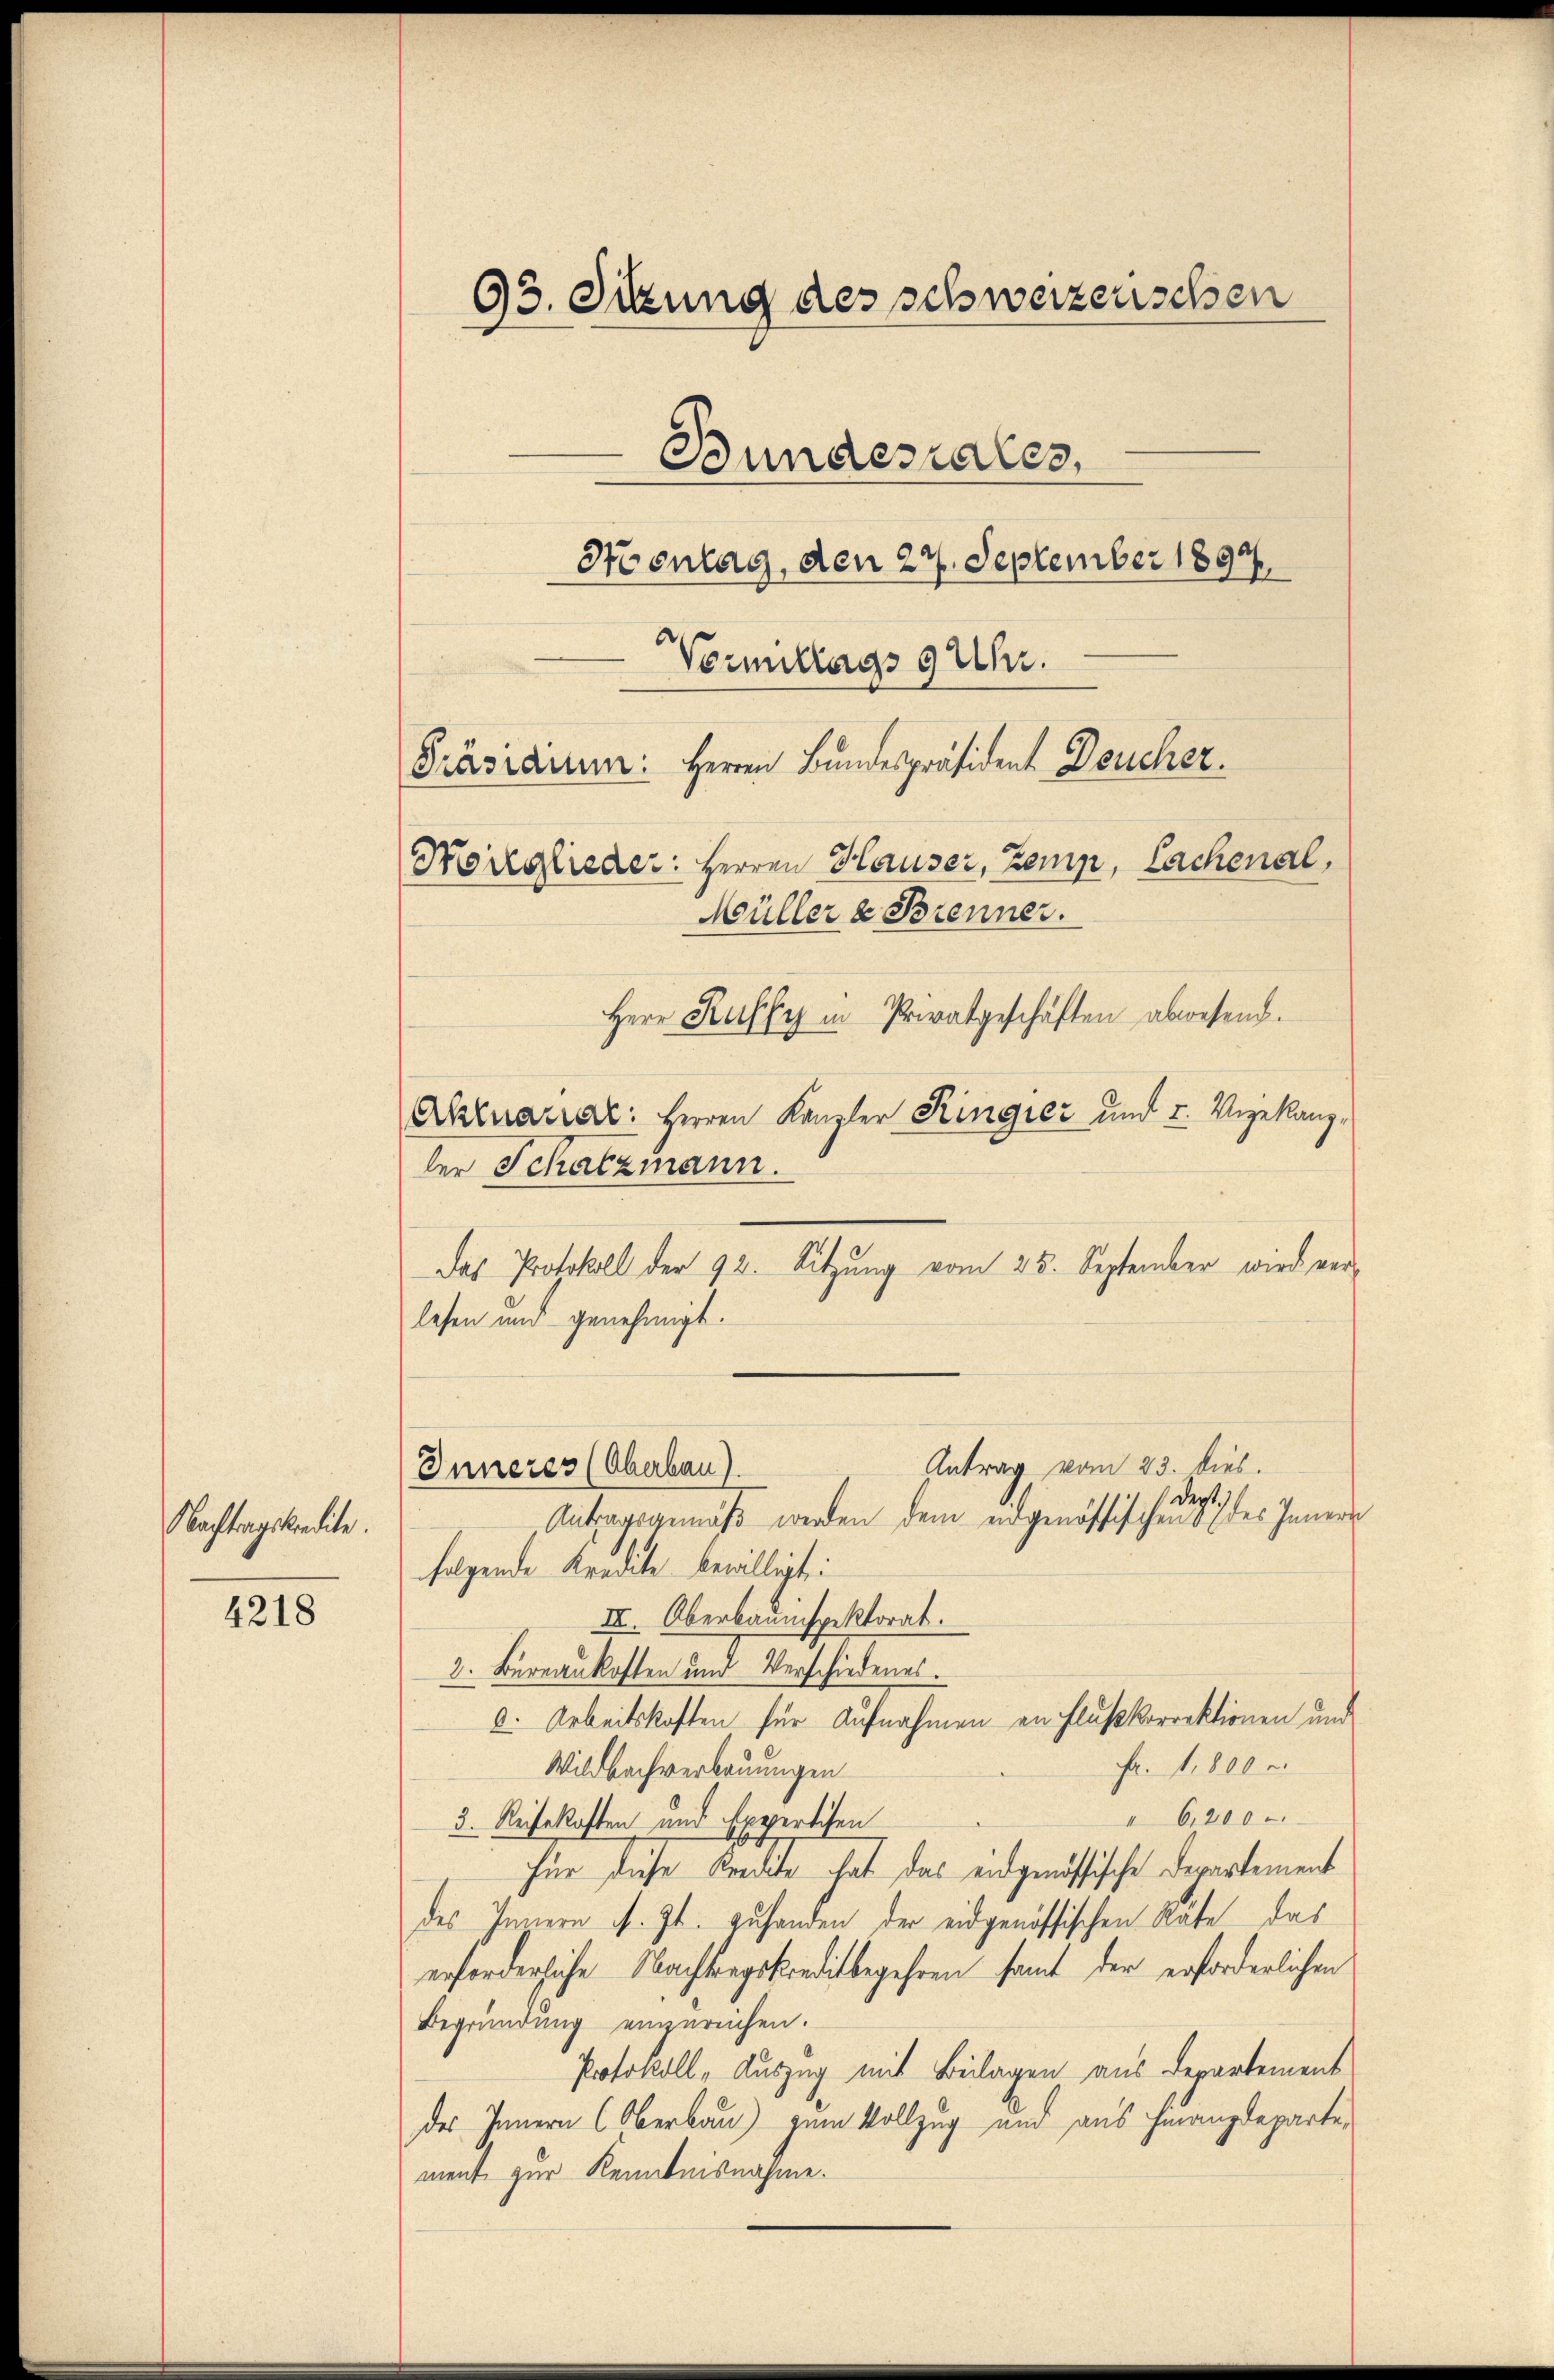
Nachtragskredite.

4218

93. Sitzung des schwerzenschen
Bundesrates,
Hoentag, den 27. September 1897.
Vormittags 9 Uhr.
Präsiditum: Herren Bundespräsident Deucher.
Norglieder: Herren Hauser, Zemp, Lachenal,
Müller & Brenner.
Herr Ruffy in Privatgeschäften abwesen.
Aktuariat: Herren Kanzler Ringiez und 2. Vizekanz¬

ler Schatzmann.
lesen und genehmigt.
Antragsgemäß werden dem eidgenössischen 37 des Innern
folgende Kredite bewilligt:
III. Oberbauinspektorat.
2. Bureaukosten und Verschiedenes.
d. Arbeitskaften für Aufnahmen an Flußkorrektionen und
Fr. 1,800
Wildbachverbauungen
I 6,800
3. Reisekosten und Expertchen
für diese Kredite hat das eidgenössische Departement
des Innern s. Zt. zuhanden der eidgenössischen Räte das
erforderliche Nachtragskreditbegehren samt der erforderlichen
Begründung einzureichen.
Protokoll, Auszug mit Beilagen aus Departement
des Innern (Oberbau) zum Vollzug und aus Finanzdeparte,
ment zur Kenntnisnahme.

Das Protokoll der 92. Sitzung vom 25. September wird ver¬

Antrag vom 23. dies
Inneres (Oberbau).
Ders